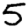
Digit: 5